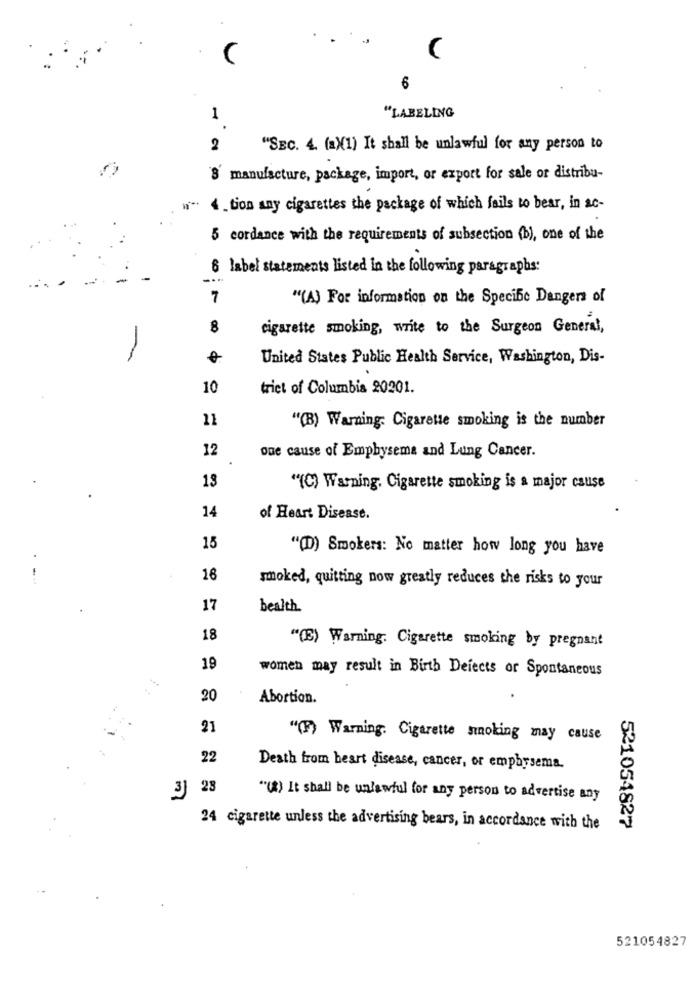
C
6
1
"LABELING
2
"SEC. 4. (a)(1) It shall be unlawful for any person to
8 manufacture, package, import, or export for sale or distribu-
4_tion any cigarettes the package of which fails to bear, in ac-
5 cordance with the requirements of subsection (b), one of the
6 label statements listed in the following paragraphs:
-.
7
"(A) For information on the Specific Dangers of
8
cigarette smoking, write to the Surgeon General,
-
United States Public Health Service, Washington, Dis-
10
triet of Columbia 20201.
11
"(B) Warning: Cigarette smoking is the number
12
one cause of Emphysema and Lung Cancer.
13
"(C) Warning. Cigarette smoking is a major cause
14
of Heart Disease.
15
"(D) Smokers: No matter how long you have
16
smoked, quitting now greatly reduces the risks to your
17
health.
18
"(E) Warning. Cigarette smoking by pregnant
19
women may result in Birth Defects or Spontaneous
20
Abortion.
21
"(F) Warning. Cigarette sinoking may cause
22
Death from heart disease, cancer, or emphysema.
3 23
"(*) It shall be unlawful for any person to advertise any
521054827
24 cigarette unless the advertising bears, in accordance with the
521054827